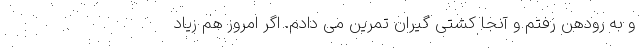
و به رودهن رفتم و آنجا کشتی گیران تمرین می دادم. اگر امروز هم زیاد